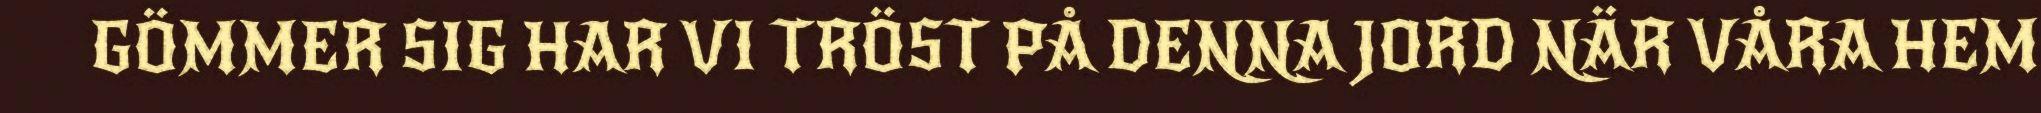
GÖMMER SIG HAR VI TRÖST PÅ DENNA JORD NÄR VÅRA HEM